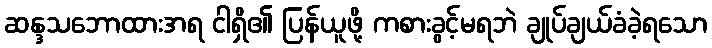
ဆန္ဒသဘောထားအရ ငါရှိ၏ ပြန်ယူဖို့ ကစားခွင့်မရဘဲ ချုပ်ချယ်ခံခဲ့ရသော